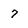
Character: 7